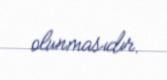
olunmasıdır.